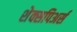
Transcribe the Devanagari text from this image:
शेक्सपिअर्स